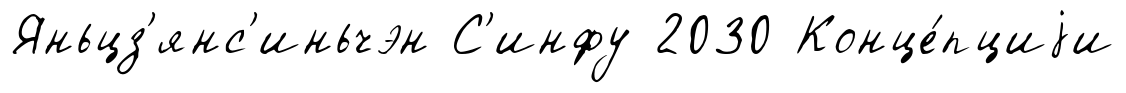
Яньцз'янс'иньчэн С'инфу 2030 Конце́пциjи